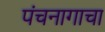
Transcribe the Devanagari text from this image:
पंचनागाचा